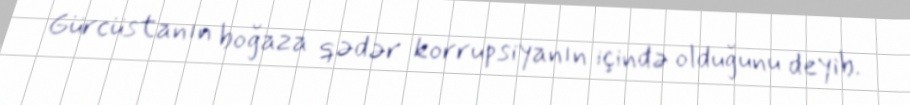
Gürcüstanın boğaza qədər korrupsiyanın içində olduğunu deyib.